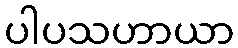
ပါပသဟာယာ